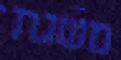
משגת